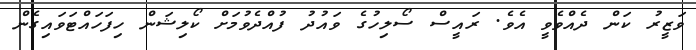
ވަޒީރު ކަން ދެއްވެވީ އެވެ. ރައީސް ސޯލިހުގެ ވައުދު ފުއްދެވުމަށް ކޯލިޝަން ހިފަހައްޓަވައިގެން